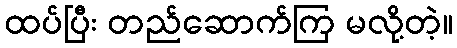
ထပ်ပြီး တည်ဆောက်ကြ မလို့တဲ့။